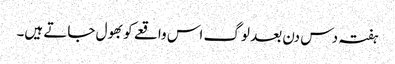
ہفتہ دس دن بعد لوگ اس واقعے کو بھول جاتے ہیں۔